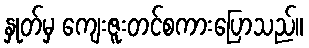
နှုတ်မှ ကျေးဇူးတင်စကားပြောသည်။